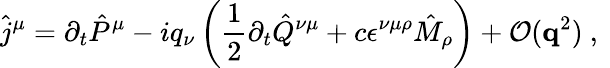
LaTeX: \hat{j}^{\mu}=\partial_{t}\hat{P}^{\mu}-iq_{\nu}\left(\frac{1}{2}\partial_{t}\hat{Q}^{\nu\mu}+c\epsilon^{\nu\mu\rho}\hat{M}_{\rho}\right)+\mathcal{O}(\mathbf{q}^{2})\mathrm{~,~}